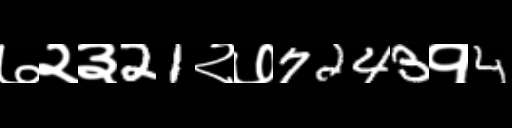
Text: ७२३21२७7243१4